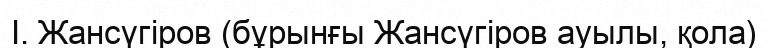
І. Жансүгіров (бұрынғы Жансүгіров ауылы, қола)